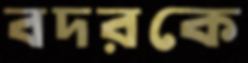
বদরকে